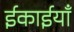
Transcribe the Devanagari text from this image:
ईकाईयाँ